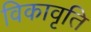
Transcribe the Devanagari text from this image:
विकावृति